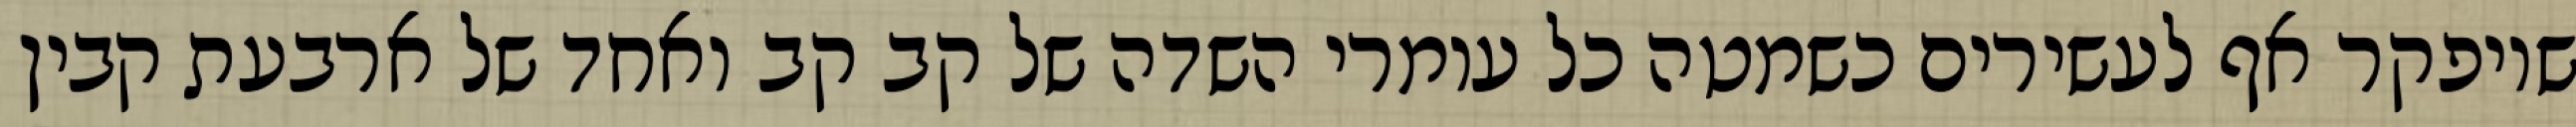
שיופקר אף לעשירים כשמטה כל עומרי השדה של קב קב ואחד של ארבעת קבין